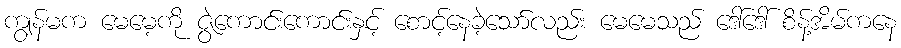
ကျွန်မက မေမေ့ကို ဇွဲကောင်းကောင်းနှင့် စောင့်နေခဲ့သော်လည်း မေမေသည် ဒေါ်ဒေါ် စိန့်အိမ်ကနေ